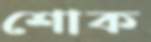
শোক